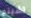
تشينج